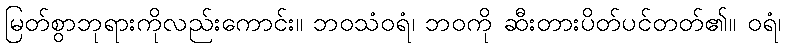
မြတ်စွာဘုရားကိုလည်းကောင်း။ ဘဝသံဝရံ၊ ဘဝကို ဆီးတားပိတ်ပင်တတ်၏။ ဝရံ၊